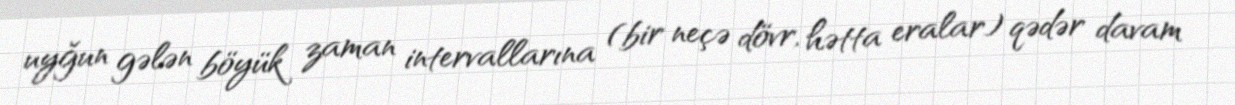
uyğun gələn böyük zaman intervallarına (bir neçə dövr, hətta eralar) qədər davam